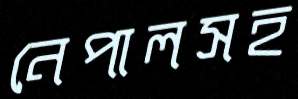
নেপালসহ